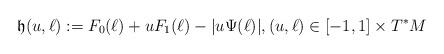
LaTeX: \begin{align*}\mathfrak{h}(u,\ell) := F_0(\ell) +u F_1(\ell) - |u \Psi(\ell)|, (u,\ell)\in[-1,1]\times T^*M \end{align*}